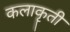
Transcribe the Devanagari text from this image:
कलाकॄती